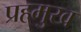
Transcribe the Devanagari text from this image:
प्रहमुख